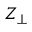
Z _ { \bot }